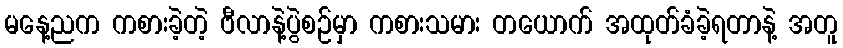
မနေ့ညက ကစားခဲ့တဲ့ ဗီလာနဲ့ပွဲစဉ်မှာ ကစားသမား တယောက် အထုတ်ခံခဲ့ရတာနဲ့ အတူ